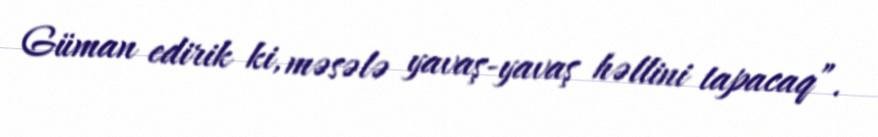
Güman edirik ki, məsələ yavaş-yavaş həllini tapacaq”.